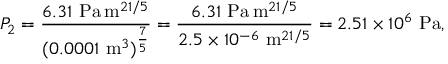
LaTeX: P _ { 2 } = { \frac { 6 . 3 1 ~ { \mathrm { P a } } \, { \mathrm { m } } ^ { 2 1 / 5 } } { ( 0 . 0 0 0 1 ~ { \mathrm { m } } ^ { 3 } ) ^ { \frac { 7 } { 5 } } } } = { \frac { 6 . 3 1 ~ { \mathrm { P a } } \, { \mathrm { m } } ^ { 2 1 / 5 } } { 2 . 5 \times 1 0 ^ { - 6 } ~ { \mathrm { m } } ^ { 2 1 / 5 } } } = 2 . 5 1 \times 1 0 ^ { 6 } ~ { \mathrm { P a } } ,